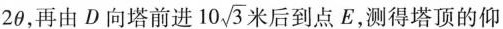
2θ，再由D向塔前进 10 \sqrt{3} 米后到点E，测得塔顶的仰